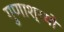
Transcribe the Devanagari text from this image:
गुणाश्रयो